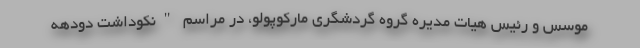
موسس و رئیس هیات مدیره گروه گردشگری مارکوپولو، در مراسم "نکوداشت دودهه